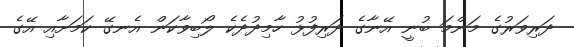
ދަރިވަރުގެ މަންމަ ބުނީ އޭނާގެ ދަރިފުޅު ހާމިދުދެކެ ލޯބިވާކަން އެނގޭ ކަމަށާއި އޭގެ